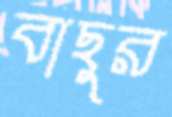
বাছুর